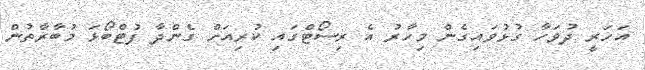
އަހަރީ ދުވަހާ ގުޅުވައިގެން މިހާރު އެ ރިސޯޓްގައި ކުރިއަށް ގެންދާ ފުޓްބޯޅަ މުބާރާތުން